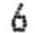
6